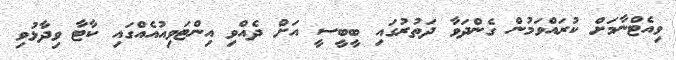
ވިއެޓްނާމަށް ކުރައްވަމުން ގެންދަވާ ދަތުރުގައި ބީބީސީ އަށް ދެއްވި އިންޓަވިއުއެއްގައި ކާޓާ ވިދާޅުވި